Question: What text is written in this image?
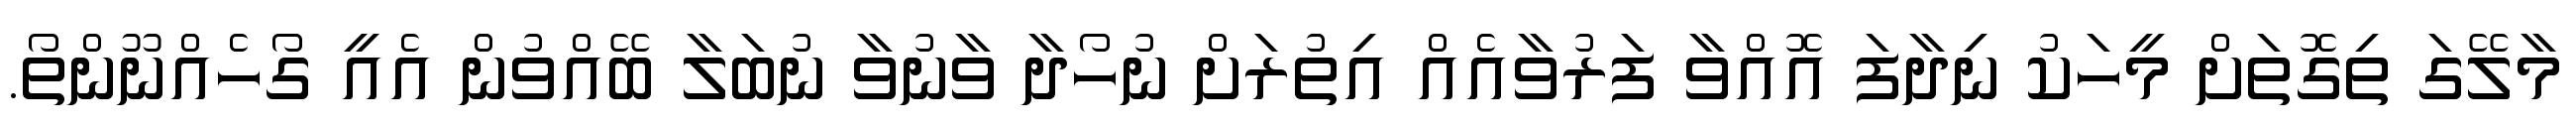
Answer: މާލޭގަ ތިގޮތަށް މީހަކު ނިދާފަ އޮއްވާ ފަރުވާއެއް އިތުރަށް ނުހޯދާ ވާނުވާ ނުބަލާ ބޭއްވުން އެއީ ގޯހެއްނޫންތޯ.